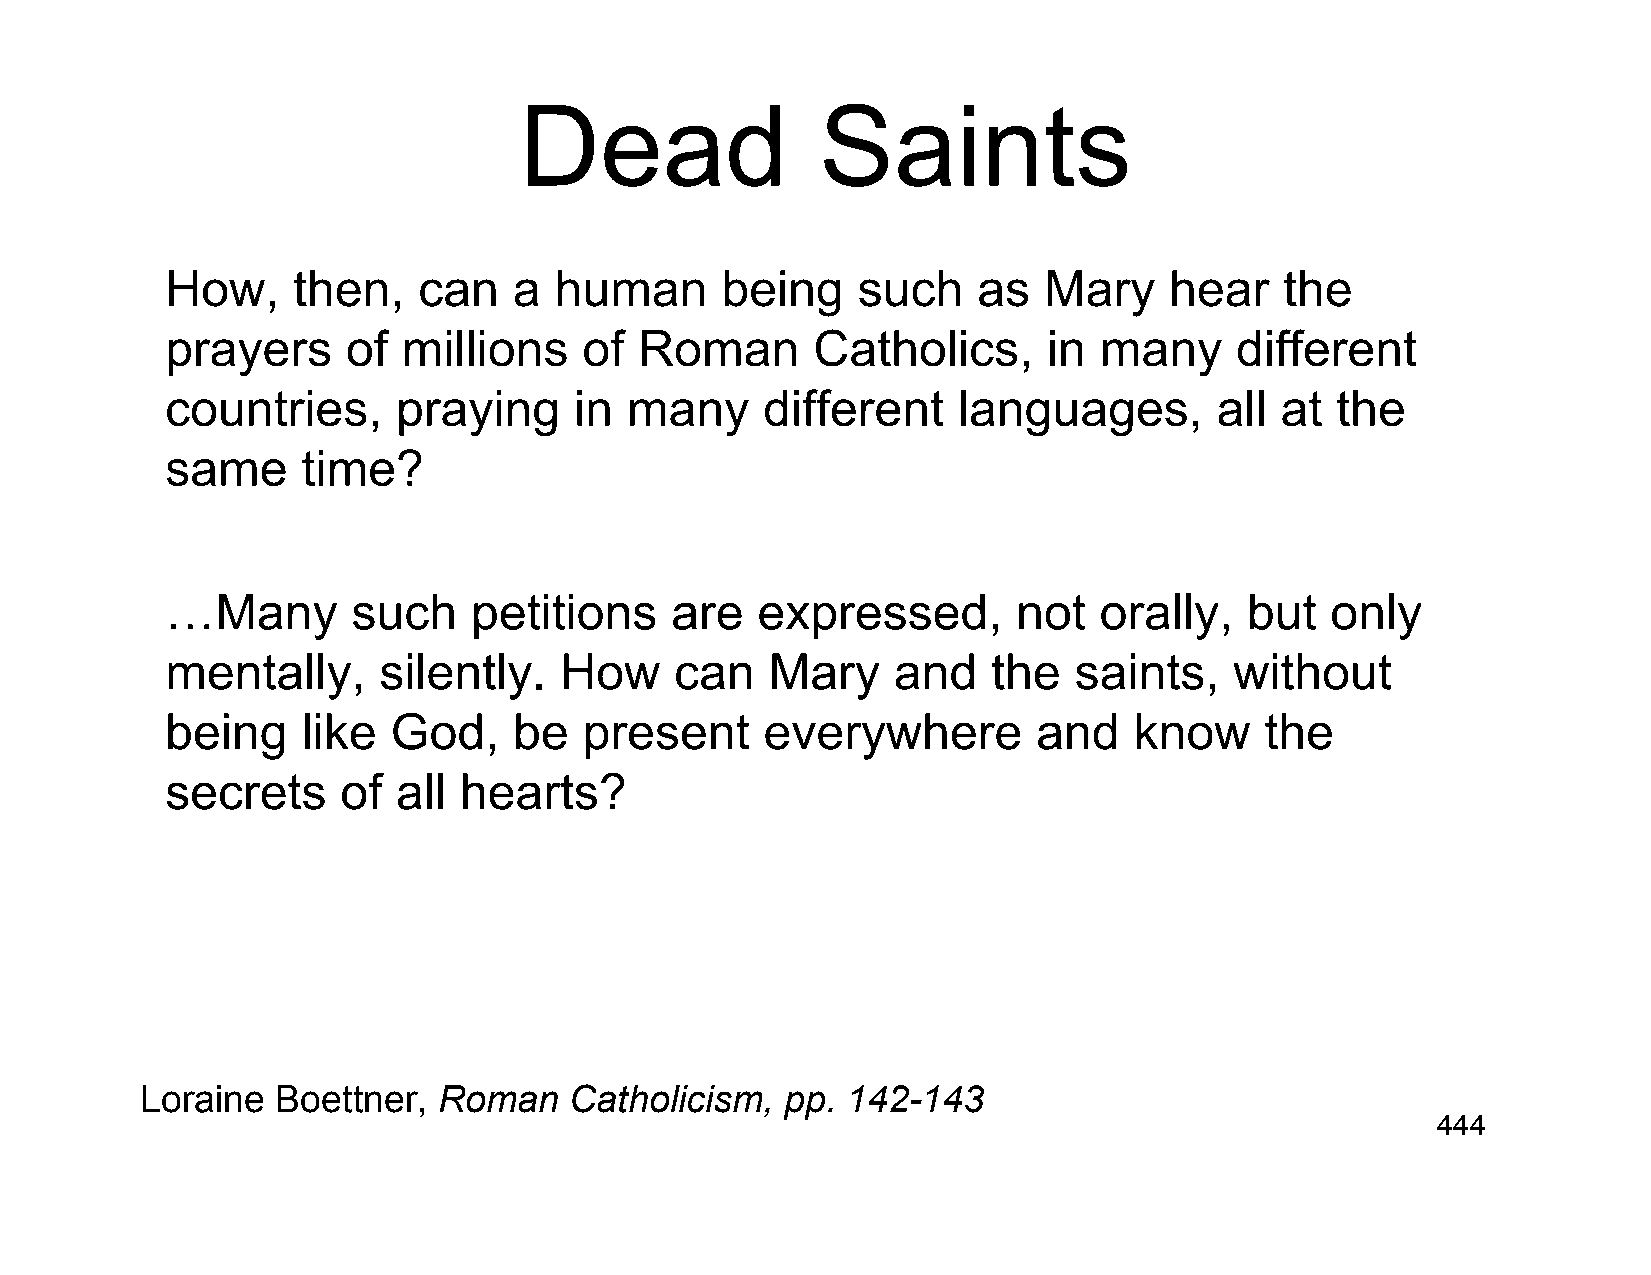
Dead                Saints
 How,    then,    can   a  human      being    such    as  Mary    hear    the
 prayers     of  millions    of Roman       Catholics,     in  many     different
 countries,     praying     in many     different    languages,        all at the
 same     time?
 …Many       such    petitions    are   expressed,       not   orally,   but  only
 mentally,     silently.   How     can   Mary    and    the  saints,    without
 being    like  God,    be   present     everywhere        and   know     the
 secrets     of all hearts?
 Loraine  Boettner,  Roman    Catholicism,  pp. 142-143
 444